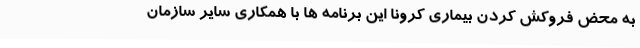
به محض فروکش کردن بیماری کرونا این برنامه‌ ها با همکاری سایر سازمان